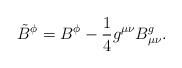
LaTeX: \begin{align*}{\tilde{B}}^{\phi} = B^{\phi} - \frac{1}{4} g^{\mu\nu} B^{g}_{\mu\nu}.\end{align*}